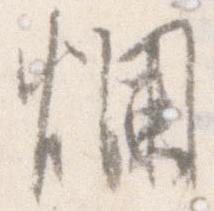
爛